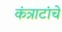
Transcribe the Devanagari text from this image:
कंत्राटांचे